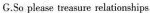
G.So please treasure relationships.